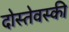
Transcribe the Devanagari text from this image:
दोस्तेवस्की